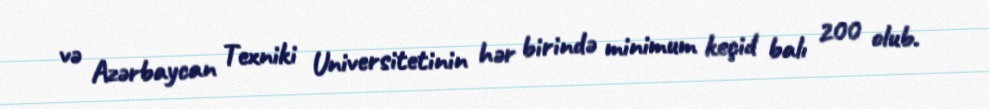
və Azərbaycan Texniki Universitetinin hər birində minimum keçid balı 200 olub.